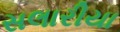
સલારીયા